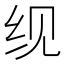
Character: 𬘖